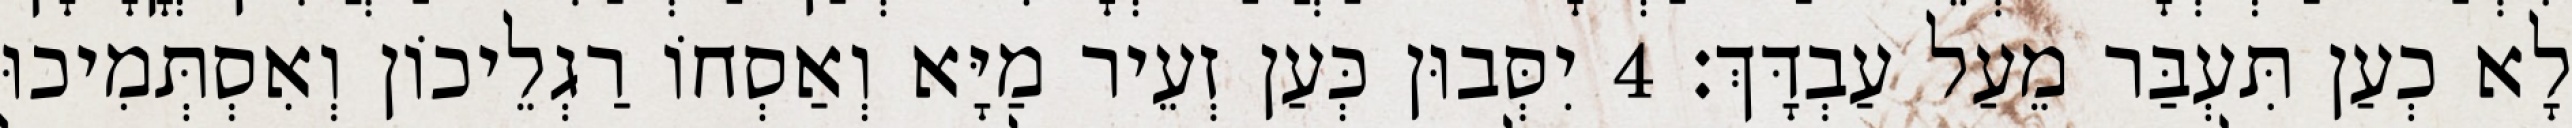
לָא כְעַן תִּעְבַּר מֵעַל עַבְדָּךְ׃ 4 יִסְּבוּן כְּעַן זְעֵיר מַיָּא וְאַסְחוֹ רַגְלֵיכוֹן וְאִסְתְּמִיכוּ